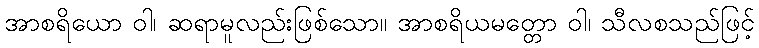
အာစရိယော ဝါ၊ ဆရာမူလည်းဖြစ်သော။ အာစရိယမတ္တော ဝါ၊ သီလစသည်ဖြင့်